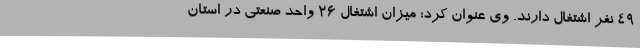
49 نفر اشتغال دارند. وی عنوان کرد: میزان اشتغال 26 واحد صنعتی در استان